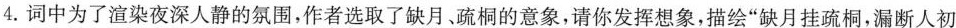
4.词中为了渲染夜深人静的氛围，作者选取了缺月、疏桐的意象，请你发挥想象，描绘”缺月挂疏桐，漏断人初